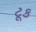
ટૂક